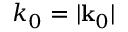
k _ { 0 } = | \mathbf { k } _ { 0 } |